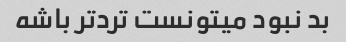
بد نبود میتونست ترد‌تر باشه